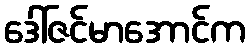
ဒေါ်ဇင်မာအောင်က